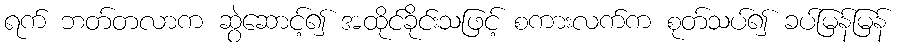
ရက် ဘတ်တလာက ဆွဲဆောင့်၍ အထိုင်ခိုင်းသဖြင့် စကားလက်က စုတ်သပ်၍ ခပ်မြန်မြန်